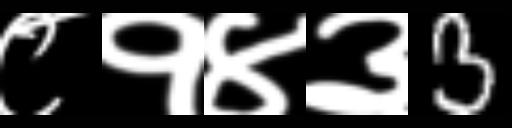
Text: ८१४३3